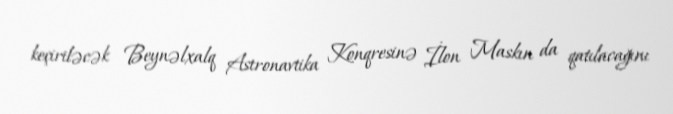
keçiriləcək Beynəlxalq Astronavtika Konqresinə İlon Maskın da qatılacağını